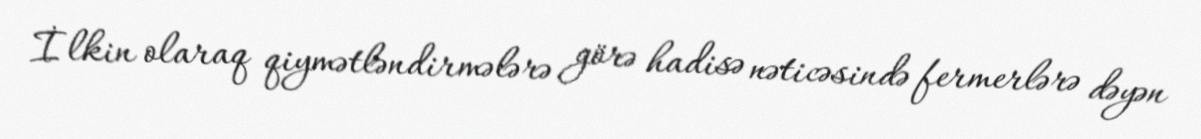
İlkin olaraq qiymətləndirmələrə görə hadisə nəticəsində fermerlərə dəyən